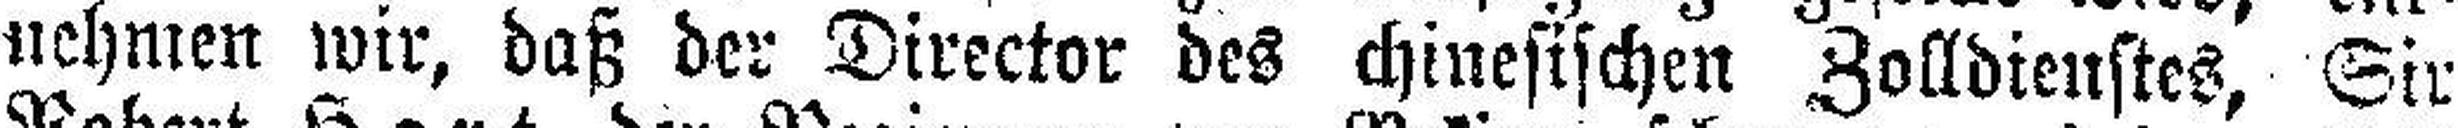
nehmen wir, daß der Director des chinesischen Zolldienstes, Sir